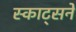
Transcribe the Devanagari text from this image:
स्काट्सने